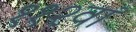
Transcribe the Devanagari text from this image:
११२वां